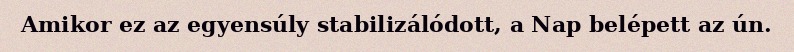
Amikor ez az egyensúly stabilizálódott, a Nap belépett az ún.